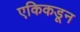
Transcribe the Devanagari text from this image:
एकिकडून